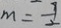
m = \frac { 7 } { 2 }